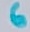
Text: 5